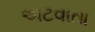
અટવાતા